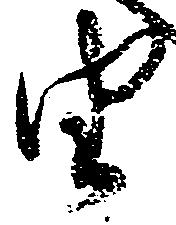
由